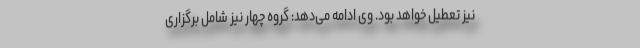
نیز تعطیل خواهد بود. وی ادامه می‌دهد: گروه چهار نیز شامل برگزاری